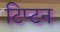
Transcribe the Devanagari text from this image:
टिप्टन